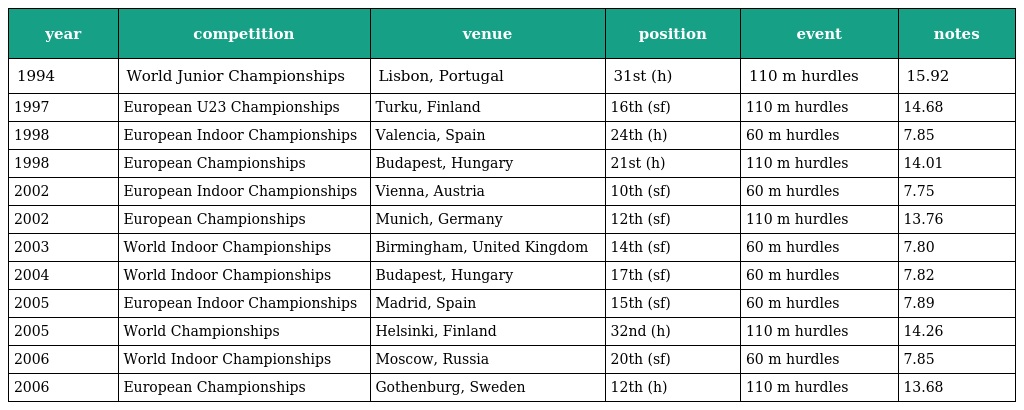
| year | competition | venue | position | event | notes |
 | --- | --- | --- | --- | --- | --- |
 | 1994 | World Junior Championships | Lisbon, Portugal | 31st (h) | 110 m hurdles | 15.92 |
 | 1997 | European U23 Championships | Turku, Finland | 16th (sf) | 110 m hurdles | 14.68 |
 | 1998 | European Indoor Championships | Valencia, Spain | 24th (h) | 60 m hurdles | 7.85 |
 | 1998 | European Championships | Budapest, Hungary | 21st (h) | 110 m hurdles | 14.01 |
 | 2002 | European Indoor Championships | Vienna, Austria | 10th (sf) | 60 m hurdles | 7.75 |
 | 2002 | European Championships | Munich, Germany | 12th (sf) | 110 m hurdles | 13.76 |
 | 2003 | World Indoor Championships | Birmingham, United Kingdom | 14th (sf) | 60 m hurdles | 7.80 |
 | 2004 | World Indoor Championships | Budapest, Hungary | 17th (sf) | 60 m hurdles | 7.82 |
 | 2005 | European Indoor Championships | Madrid, Spain | 15th (sf) | 60 m hurdles | 7.89 |
 | 2005 | World Championships | Helsinki, Finland | 32nd (h) | 110 m hurdles | 14.26 |
 | 2006 | World Indoor Championships | Moscow, Russia | 20th (sf) | 60 m hurdles | 7.85 |
 | 2006 | European Championships | Gothenburg, Sweden | 12th (h) | 110 m hurdles | 13.68 |